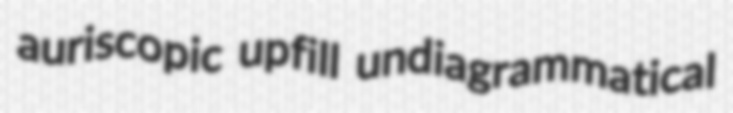
auriscopic upfill undiagrammatical